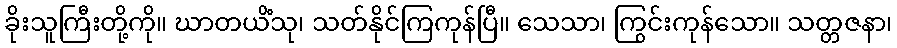
ခိုးသူကြီးတို့ကို။ ဃာတယိံသု၊ သတ်နိုင်ကြကုန်ပြီ။ သေသာ၊ ကြွင်းကုန်သော။ သတ္တဇနာ၊